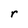
Character: r